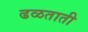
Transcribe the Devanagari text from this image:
ढळताती